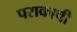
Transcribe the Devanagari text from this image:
पराकाची